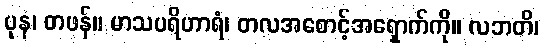
ပုန၊ တဖန်။ မာသပရိဟာရံ၊ တလအစောင့်အရှောက်ကို။ လဘတိ၊